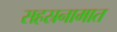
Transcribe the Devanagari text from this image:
सहस्रनामात